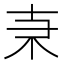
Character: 𠦙